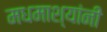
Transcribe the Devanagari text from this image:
मधमाश्यांनी